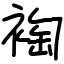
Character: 裪